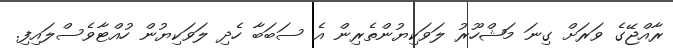
ރާއްޖޭގެ ވަރަށް ގިނަ މަޝްހޫރު ލަވަކިޔުންތެރިން އެ ސަބަބާ ހެދި ލަވަކިޔުން ހުއްޓާވެސްލައިފި.